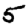
Digit: 5